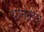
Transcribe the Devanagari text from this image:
यानंतरचे